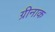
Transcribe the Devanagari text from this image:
ग्रीनाक